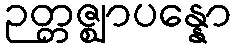
ဉတ္တဇ္ဈာပန္နော